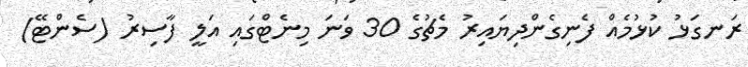
ރަނގަޅު ކުޅުމެއް ފެނިގެންދިޔައިރު މެޗުގެ 30 ވަނަ މިނެޓްގައި އަލީ ފާސިރު (ސެންޓޭ)